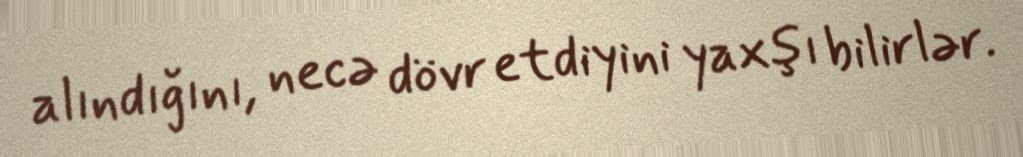
alındığını, necə dövr etdiyini yaxşı bilirlər.